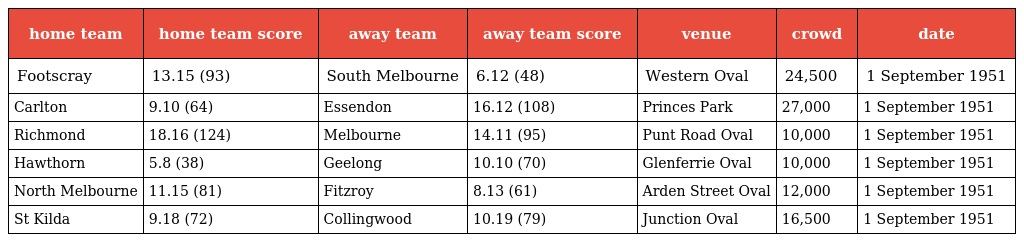
| home team | home team score | away team | away team score | venue | crowd | date |
 | --- | --- | --- | --- | --- | --- | --- |
 | Footscray | 13.15 (93) | South Melbourne | 6.12 (48) | Western Oval | 24,500 | 1 September 1951 |
 | Carlton | 9.10 (64) | Essendon | 16.12 (108) | Princes Park | 27,000 | 1 September 1951 |
 | Richmond | 18.16 (124) | Melbourne | 14.11 (95) | Punt Road Oval | 10,000 | 1 September 1951 |
 | Hawthorn | 5.8 (38) | Geelong | 10.10 (70) | Glenferrie Oval | 10,000 | 1 September 1951 |
 | North Melbourne | 11.15 (81) | Fitzroy | 8.13 (61) | Arden Street Oval | 12,000 | 1 September 1951 |
 | St Kilda | 9.18 (72) | Collingwood | 10.19 (79) | Junction Oval | 16,500 | 1 September 1951 |